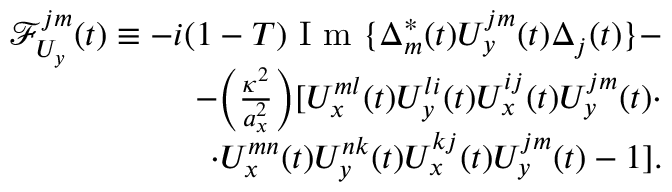
\begin{array} { r } { \mathcal { F } _ { U _ { y } } ^ { j m } ( t ) \equiv - i ( 1 - T ) \mathrm { ~ I ~ m ~ } \{ \Delta _ { m } ^ { * } ( t ) U _ { y } ^ { j m } ( t ) \Delta _ { j } ( t ) \} - } \\ { - \Big ( \frac { \kappa ^ { 2 } } { a _ { x } ^ { 2 } } \Big ) [ U _ { x } ^ { m l } ( t ) U _ { y } ^ { l i } ( t ) U _ { x } ^ { i j } ( t ) U _ { y } ^ { j m } ( t ) \cdot } \\ { \cdot U _ { x } ^ { m n } ( t ) U _ { y } ^ { n k } ( t ) U _ { x } ^ { k j } ( t ) U _ { y } ^ { j m } ( t ) - 1 ] . } \end{array}